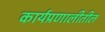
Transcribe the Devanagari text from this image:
कार्यप्रणालीतील